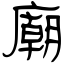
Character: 廟